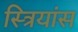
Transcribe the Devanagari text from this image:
स्त्रियांस